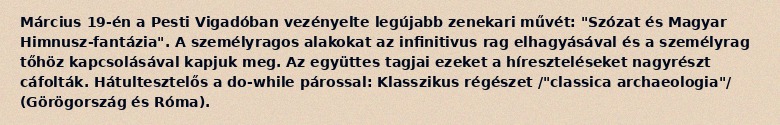
Március 19-én a Pesti Vigadóban vezényelte legújabb zenekari művét: "Szózat és Magyar Himnusz-fantázia". A személyragos alakokat az infinitivus rag elhagyásával és a személyrag tőhöz kapcsolásával kapjuk meg. Az együttes tagjai ezeket a híreszteléseket nagyrészt cáfolták. Hátultesztelős a do-while párossal: Klasszikus régészet /"classica archaeologia"/ (Görögország és Róma).